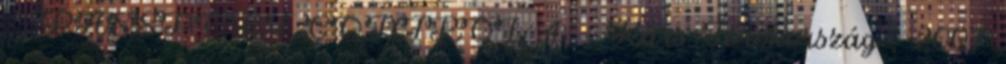
:: PASSPORT CONTROL 4. - Kars Törökország , 2007